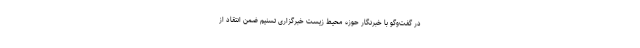
در گفت‌وگو با خبرنگار حوزه محیط زیست خبرگزاری تسنیم ضمن انتقاد از